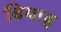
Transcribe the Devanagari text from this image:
बियाह